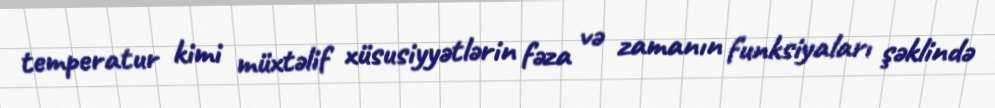
temperatur kimi müxtəlif xüsusiyyətlərin fəza və zamanın funksiyaları şəklində